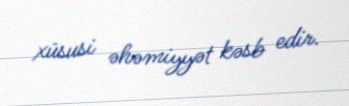
xüsusi əhəmiyyət kəsb edir.